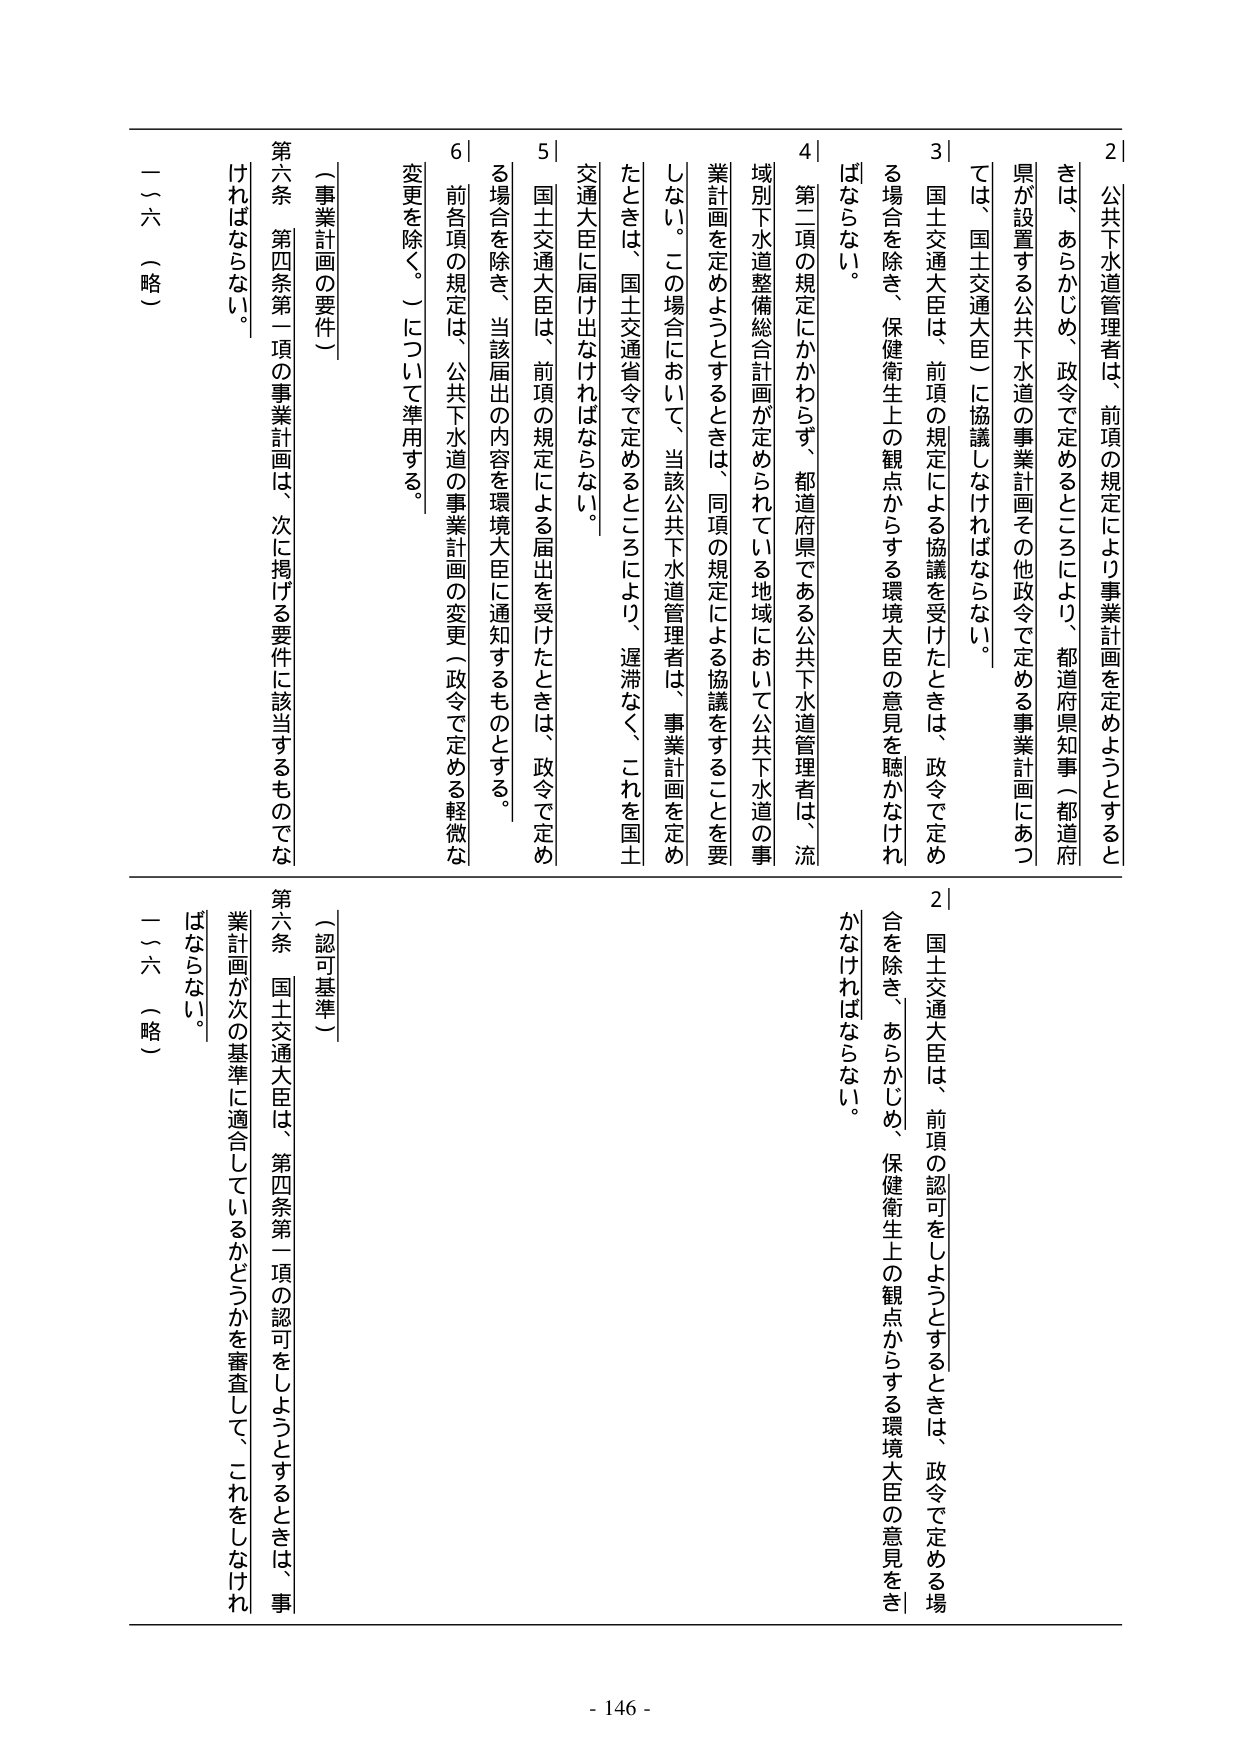
2 公共下水道管理者は、前項の規定により事業計画を定めようとするときは、あらかじめ、政令で定めるところにより、都道府県知事（都道府県が設置する公共下水道の事業計画その他政令で定める事業計画にあつては、国土交通大臣）に協議しなければならない。

3 国土交通大臣は、前項の規定による協議を受けたときは、政令で定める場合を除き、保健衛生上の観点からする環境大臣の意見を聴かなければならない。

4 第二項の規定にかかわらず、都道府県である公共下水道管理者は、流域別下水道整備総合計画が定められている地域において公共下水道の事業計画を定めようとするときは、同項の規定による協議をすることを要しない。この場合において、当該公共下水道管理者は、事業計画を定めたときは、国土交通省令で定めるところにより、遅滞なく、これを国土交通大臣に届け出なければならない。

5 国土交通大臣は、前項の規定による届出を受けたときは、政令で定める場合を除き、当該届出の内容を環境大臣に通知するものとする。

6 前各項の規定は、公共下水道の事業計画の変更（政令で定める軽微な変更を除く。）について準用する。

（事業計画の要件）

第六条 第四条第一項の事業計画は、次に掲げる要件に該当するものでなければならない。

一～六 （略）

2 国土交通大臣は、前項の認可をしようとするときは、政令で定める場合を除き、あらかじめ、保健衛生上の観点からする環境大臣の意見をきかなければならない。

（認可基準）

第六条 国土交通大臣は、第四条第一項の認可をしようとするときは、事業計画が次の基準に適合しているかどうかを審査して、これをしなければならない。

一～六 （略）

- 146 -